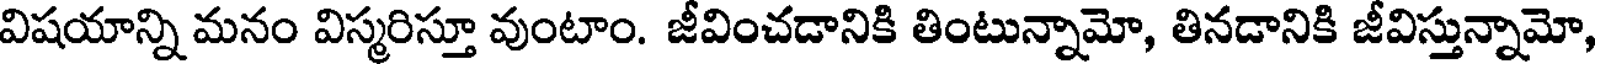
విషయాన్ని మనం విస్మరిస్తూ వుంటాం. జీవించడానికి తింటున్నామో, తినడానికి జీవిస్తున్నామో,